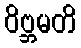
ဝိဗ္ဘမတိ